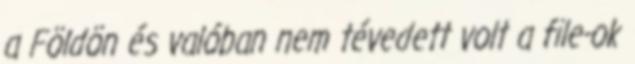
a Földön és valóban nem tévedett volt a file-ok